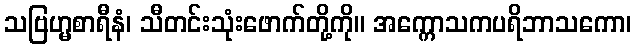
သဗြဟ္မစာရီနံ၊ သီတင်းသုံးဖောက်တို့ကို။ အက္ကောသကပရိဘာသကော၊